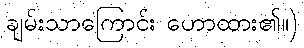
ချမ်းသာကြောင်း ဟောထား၏။)